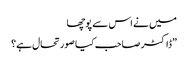
میں نے اس سے پوچھا
”ڈاکٹر صاحب کیا صورتحال ہے؟